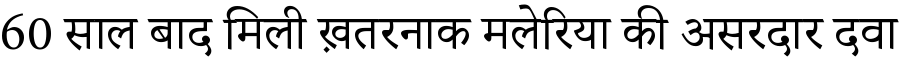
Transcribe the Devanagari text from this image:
60 साल बाद मिली ख़तरनाक मलेरिया की असरदार दवा